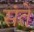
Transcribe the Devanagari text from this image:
संते